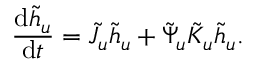
\frac { \mathop { } \! \mathrm { d } \tilde { h } _ { u } } { \mathop { } \! \mathrm { d } t } = \tilde { J } _ { u } \tilde { h } _ { u } + \tilde { \Psi } _ { u } \tilde { K } _ { u } \tilde { h } _ { u } .